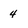
Character: 4